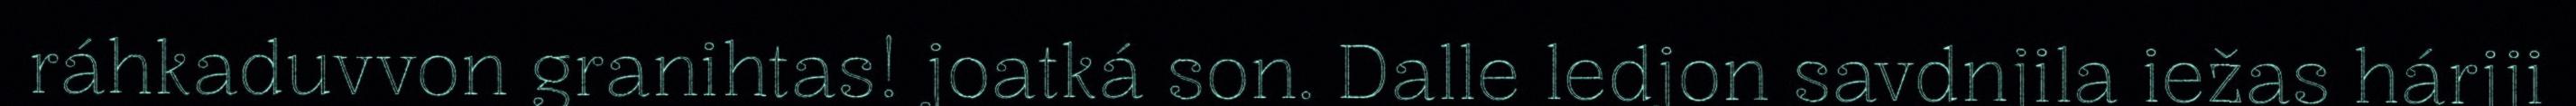
ráhkaduvvon granihtas! joatká son. Dalle ledjon savdnjila iežas hárjji